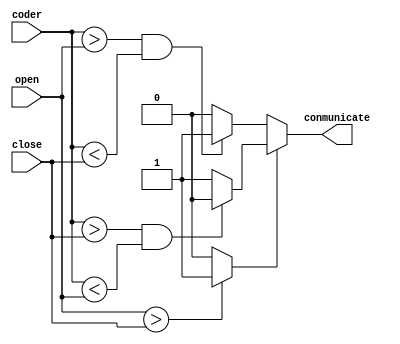
module compare_new8(open,close,coder,conmunicate);
	input [7:0] coder,open,close;
	reg model;
	output reg conmunicate;
	always@(open or close)
	begin
		if(open>close) model<=1;
		else model<=0; 
	end
	always@(coder[0])
	begin
		if(model)
			begin
			if(coder>close & coder<open) conmunicate<=0;
			else conmunicate<=1;
			end
		else
			begin
				if(coder>open & coder<close) conmunicate<=1;
				else conmunicate<=0;
			end
		
	end
endmodule